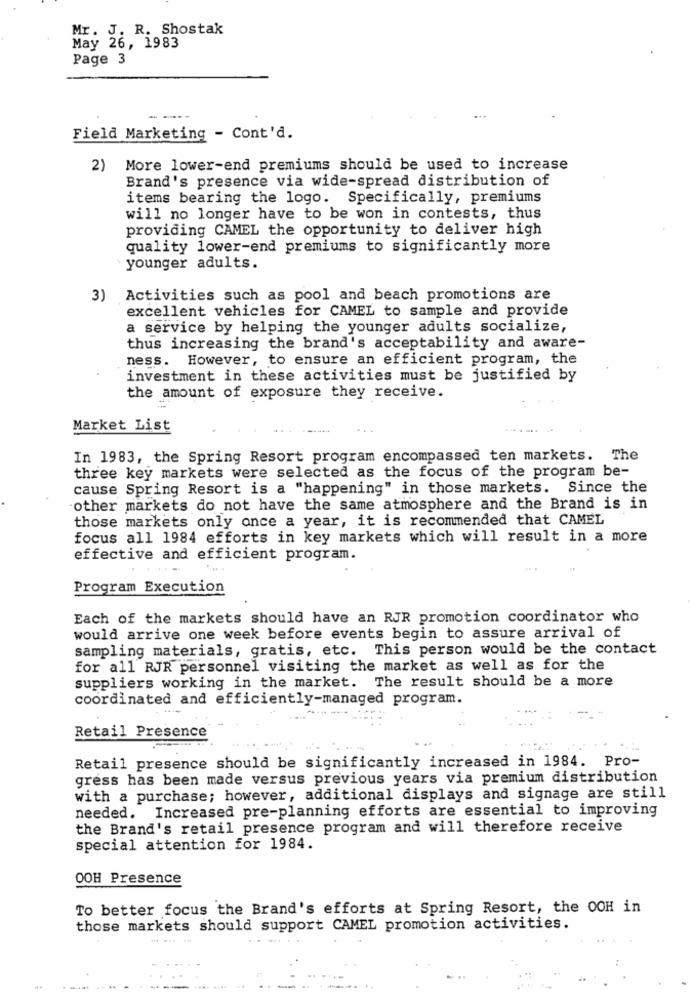
Mr. J. R. Shostak
May 26, 1983
Page 3
Field Marketing - Cont'd.
2) More lower-end premiums should be used to increase
Brand's presence via wide-spread distribution of
items bearing the logo. Specifically, premiums
will no longer have to be won in contests, thus
providing CAMEL the opportunity to deliver high
quality lower-end premiums to significantly more
younger adults.
3)
Activities such as pool and beach promotions are
excellent vehicles for CAMEL to sample and provide
a service by helping the younger adults socialize,
thus increasing the brand's acceptability and aware-
ness. However, to ensure an efficient program, the
investment in these activities must be justified by
the amount of exposure they receive.
Market List
In 1983, the Spring Resort program encompassed ten markets. The
three key markets were selected as the focus of the program be-
cause Spring Resort is a "happening" in those markets. Since the
other markets do not have the same atmosphere and the Brand is in
those markets only once a year, it is recommended that CAMEL
focus all 1984 efforts in key markets which will result in a more
effective and efficient program.
Program Execution
Each of the markets should have an RJR promotion coordinator who
would arrive one week before events begin to assure arrival of
sampling materials, gratis, etc. This person would be the contact
for all RJR personnel visiting the market as well as for the
suppliers working in the market. The result should be a more
coordinated and efficiently-managed program.
Retail Presence
Retail presence should be significantly increased in 1984. Pro-
gress has been made versus previous years via premium distribution
with a purchase; however, additional displays and signage are still
needed. Increased pre-planning efforts are essential to improving
the Brand's retail presence program and will therefore receive
special attention for 1984.
OOH Presence
To better focus the Brand's efforts at Spring Resort, the OOH in
those markets should support CAMEL promotion activities.
...